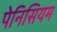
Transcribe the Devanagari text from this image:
पेनिसियम